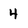
Character: 4